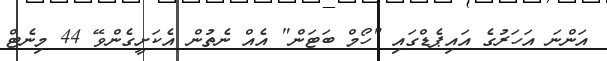
އަންނަ އަހަރުގެ އައިޕެޑްގައި "ހޯމް ބަޓަން" އެއް ނެތުން އެކަށީގެންވޭ 44 މިނެޓް